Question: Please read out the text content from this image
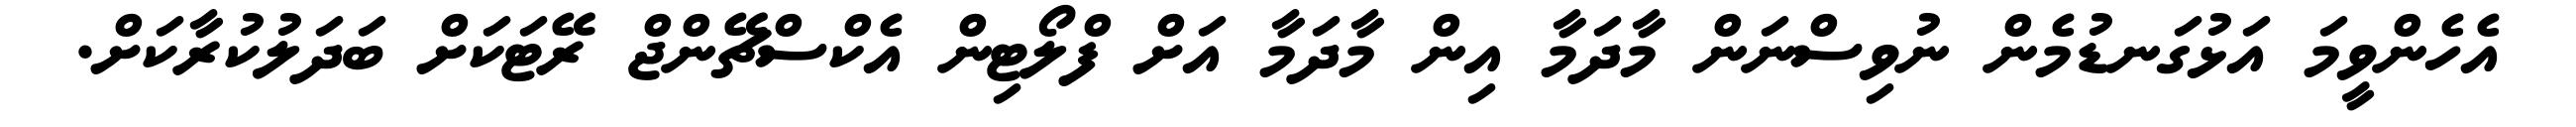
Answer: އެހެންވީމަ އަޅުގަނޑުމެން ނުވިސްނަން މާދަމާ އިން މާދަމާ އަށް ފްލޯޓިން އެކްސްޗޭންޖް ރޭޓަކަށް ބަދަލުކުރާކަށް.